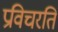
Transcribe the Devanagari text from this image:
प्रविचरति